Civil Veterinary Dept. Bombay admin report 1907-1913 - 1907-1913
Year: 1907
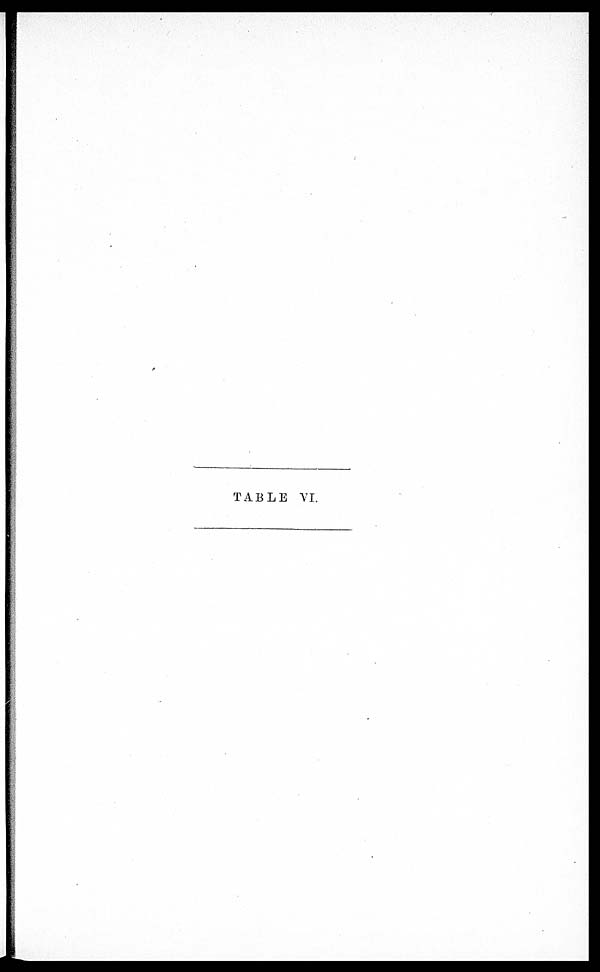
TABLE VI.